Source: Handwritten
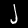
Digit: ၂ (2)